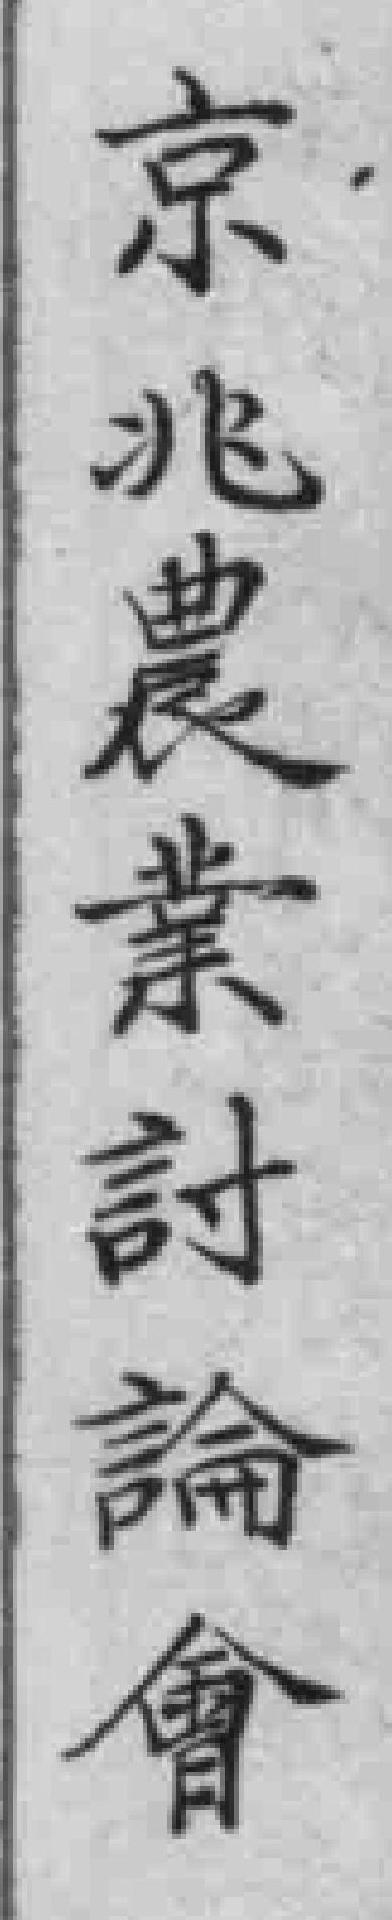
京兆農業討論會